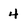
Character: 4